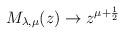
LaTeX: \begin{align*}M_{\lambda ,\mu }(z)\rightarrow z^{\mu +\frac 12}\end{align*}